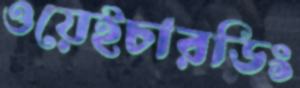
ওয়েইচারডিং